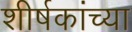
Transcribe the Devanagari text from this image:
शीर्षकांच्या